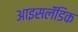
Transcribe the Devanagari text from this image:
आइसलॅंडिक